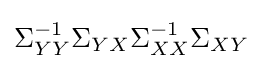
\Sigma _{YY}^{-1}\Sigma _{YX}\Sigma _{XX}^{-1}\Sigma _{XY}